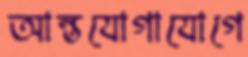
আন্তযোগাযোগে